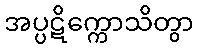
အပ္ပဋိက္ကောသိတွာ